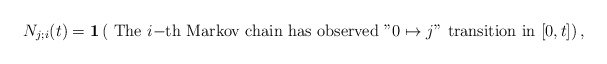
\begin{align*} N_{j;i}(t)=\mathbf{1}\left(\mbox{ The $i-$th Markov chain has {observed} ''$0\mapsto j$'' transition in $[0,t]$}\right),\end{align*}